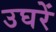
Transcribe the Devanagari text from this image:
उघरें